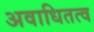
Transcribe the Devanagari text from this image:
अवाधितत्व